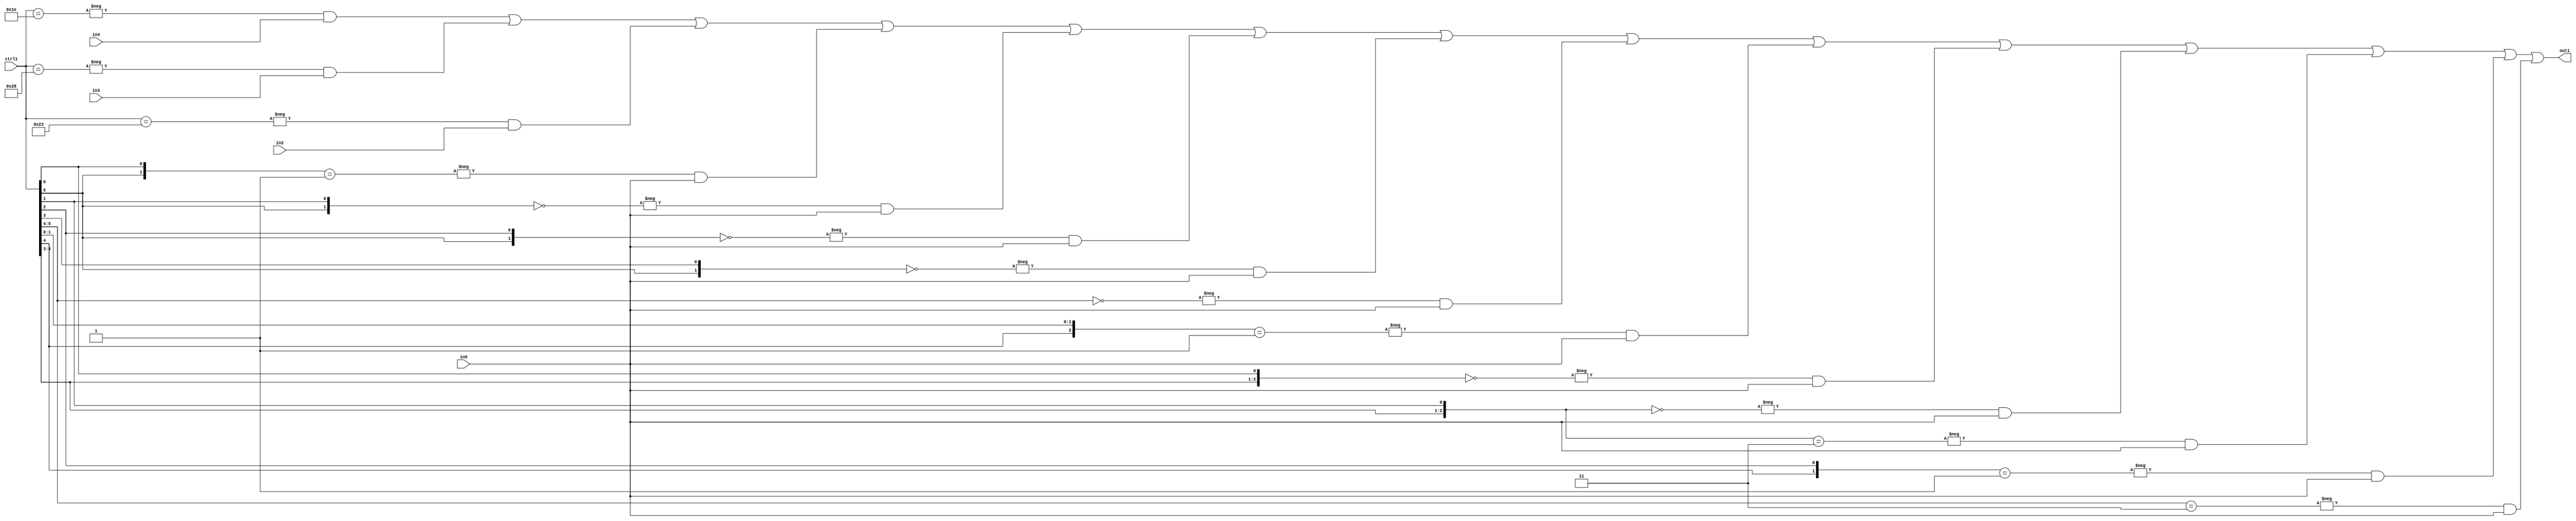
`timescale 1ps / 1ps
/*****************************************************************************
    Verilog RTL Description
    
    
    Created by: Stratus DpOpt 21.05.01 
*******************************************************************************/

module SobelFilter_N_Mux_32_4_32_1 (
	in5,
	in4,
	in3,
	in2,
	ctrl1,
	out1
	); /* architecture "behavioural" */ 
input [31:0] in5;
input [8:0] in4,
	in3,
	in2;
input [5:0] ctrl1;
output [31:0] out1;
wire [31:0] asc001;

assign asc001 = 
	-{ctrl1 == 6'B011110} & in4 |
	-{ctrl1 == 6'B101000} & in3 |
	-{ctrl1 == 6'B100011} & in2 |
	-{{ctrl1[5], ctrl1[0]} == 2'B01} & in5 |
	-{{ctrl1[5], ctrl1[1]} == 2'B00} & in5 |
	-{{ctrl1[5], ctrl1[2]} == 2'B00} & in5 |
	-{{ctrl1[5], ctrl1[3]} == 2'B00} & in5 |
	-{ctrl1[5:4] == 2'B00} & in5 |
	-{{ctrl1[4], ctrl1[1:0]} == 3'B001} & in5 |
	-{{ctrl1[4:3], ctrl1[0]} == 3'B000} & in5 |
	-{{ctrl1[4:3], ctrl1[1]} == 3'B000} & in5 |
	-{{ctrl1[4:3], ctrl1[1]} == 3'B011} & in5 |
	-{{ctrl1[4], ctrl1[2]} == 2'B01} & in5 |
	-{ctrl1[5:4] == 2'B11} & in5 ;

assign out1 = asc001;
endmodule

/* CADENCE  vLf3Sww= : u9/ySxbfrwZIxEzHVQQV8Q== ** DO NOT EDIT THIS LINE ******/